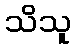
သိသူ